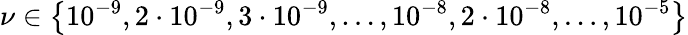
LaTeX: \nu\in\left\{ 10^{-9},2\cdot 10^{-9},3\cdot 10^{-9},\ldots,10^{-8},2\cdot 10^{-8},\ldots,10^{-5}\right\}